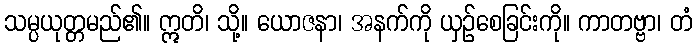
သမ္ပယုတ္တမည်၏။ ဣတိ၊ သို့။ ယောဇနာ၊ အနက်ကို ယှဉ်စေခြင်းကို။ ကာတဗ္ဗာ၊ တံ